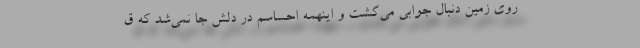
روی زمین دنبال جوابی می‌گشت و اینهمه احساسم در دلش جا نمی‌شد که ق